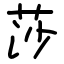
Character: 莎